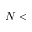
N <